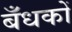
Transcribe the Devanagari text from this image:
बँधकों